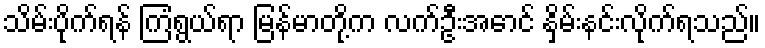
သိမ်းပိုက်ရန် ကြံရွယ်ရာ မြန်မာတို့က လက်ဦးအောင် နှိမ်းနင်းလိုက်ရသည်။